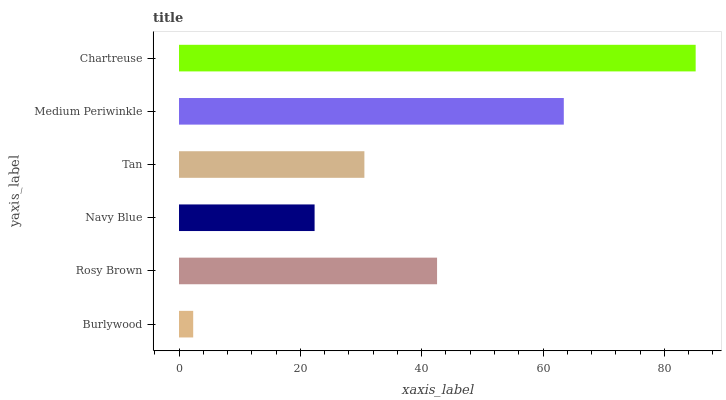
| yaxis_label | bars |
 | --- | --- |
 | Burlywood | 2.34 |
 | Rosy Brown | 42.5 |
 | Navy Blue | 22.3 |
 | Tan | 30.6 |
 | Medium Periwinkle | 63.4 |
 | Chartreuse | 85.1 |